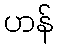
ဟန်